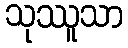
သုဿူသာ